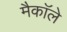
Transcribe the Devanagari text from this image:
मैकाॅले